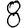
Digit: 8